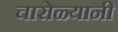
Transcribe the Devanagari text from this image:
चारोळ्यानी